Indian journal of veterinary science and animal husbandry - Volumes 18-21, 1948-1951
Year: 1948
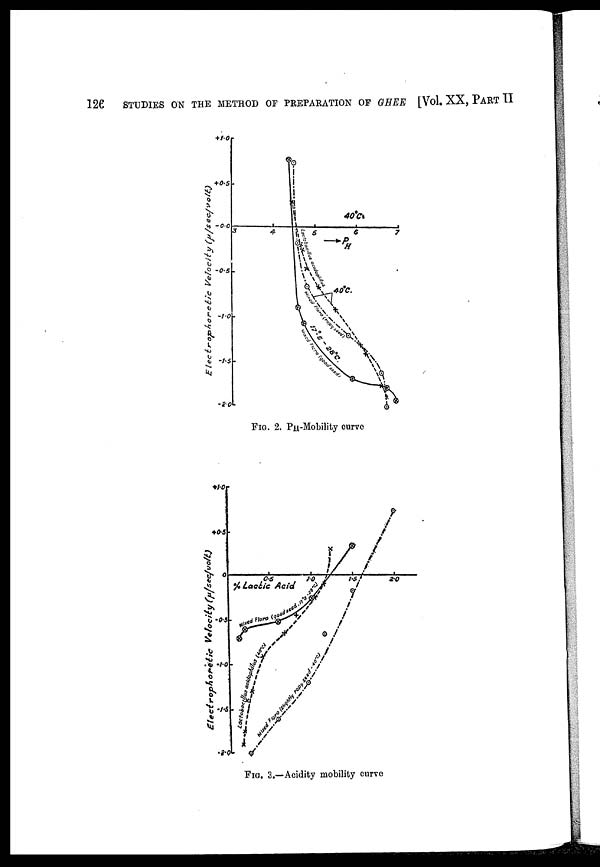
126
STUDIES ON THE METHOD OF PREPARATION OF GHEE [Vol. XX, PART II
FIG. 2. PH-Mobility curve
FIG. 3.—Acidity mobility curve